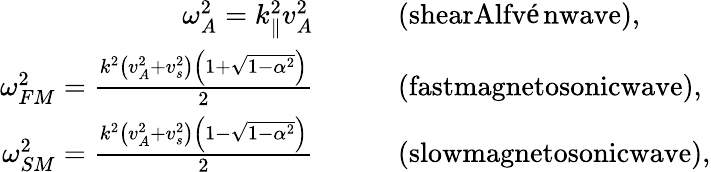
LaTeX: \begin{array}{rl}{\omega_{A}^{2}=k_{\parallel}^{2}v_{A}^{2}\qquad}&{{}\textrm{(shearAlfvénwave)},}\\ {\omega_{FM}^{2}=\frac{k^{2}\left(v_{A}^{2}+v_{s}^{2}\right)\left(1+\sqrt{1-\alpha^{2}}\right)}{2}\qquad}&{{}\textrm{(fastmagnetosonicwave)},}\\ {\omega_{SM}^{2}=\frac{k^{2}\left(v_{A}^{2}+v_{s}^{2}\right)\left(1-\sqrt{1-\alpha^{2}}\right)}{2}\qquad}&{{}\textrm{(slowmagnetosonicwave)},}\end{array}